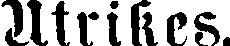
Utrikes.